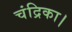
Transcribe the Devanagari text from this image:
चंद्रिका।